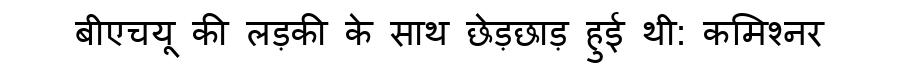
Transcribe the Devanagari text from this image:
बीएचयू की लड़की के साथ छेड़छाड़ हुई थी: कमिश्नर